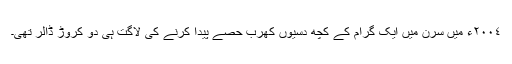
٢٠٠٤ء میں سرن میں ایک گرام کے کچھ دسیوں کھرب حصّے پیدا کرنے کی لاگت ہی دو کروڑ ڈالر تھی۔